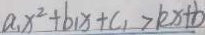
a _ { 1 } x ^ { 2 } + b _ { 1 } x + c _ { 1 } > k x + b